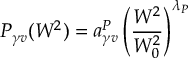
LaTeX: P _ { \gamma v } ( W ^ { 2 } ) = a _ { \gamma v } ^ { P } \left( { \frac { W ^ { 2 } } { W _ { 0 } ^ { 2 } } } \right) ^ { \lambda _ { P } }